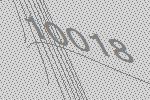
10018